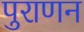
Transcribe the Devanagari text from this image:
पुराणन